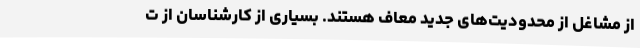
از مشاغل از محدودیت‌های جدید معاف هستند. بسیاری از کارشناسان از ت